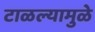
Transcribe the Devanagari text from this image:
टाळल्यामुळे